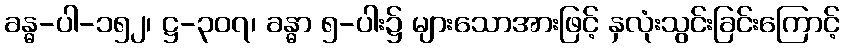
ခန္ဓ-ပါ-၁၅၂၊ ဋ္ဌ-၃၀၇၊ ခန္ဓာ ၅-ပါး၌ များသောအားဖြင့် နှလုံးသွင်းခြင်းကြောင့်